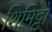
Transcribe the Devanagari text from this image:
शिमिट्टो